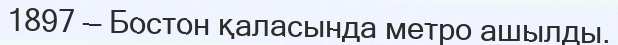
1897 — Бостон қаласында метро ашылды.